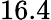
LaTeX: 16.4